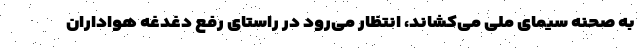
به صحنه سیمای ملی می‌کشاند، انتظار می‌رود در راستای رفع دغدغه هواداران